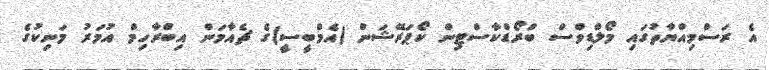
އެ ރަސްމިއްޔާތުގައި މޯލްޑިވްސް ބްރޯޑްކާސްޓިން ކޯޕަރޭޝަން (އެމްބީސީ)ގެ ޗެއާމަން އިބްރާހިމް އުމަރު މަނިކުގެ